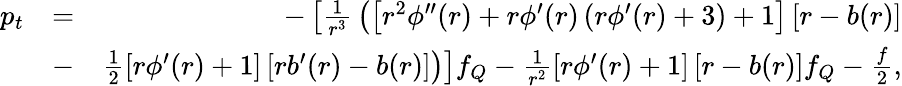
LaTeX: \begin{array}{rlr}{p_{t}}&{=}&{-\left[{\frac{1}{r^{3}}}\left(\left[r^{2}\phi^{\prime\prime}(r)+r\phi^{\prime}(r)\left(r\phi^{\prime}(r)+3\right)+1\right]\left[r-b(r)\right]\right.\right.}\\ &{-}&{\left.\left.\frac{1}{2}\left[r\phi^{\prime}(r)+1\right]\left[rb^{\prime}(r)-b(r)\right]\right)\right]f_{Q}-\frac{1}{r^{2}}\left[r\phi^{\prime}(r)+1\right]\left[r-b(r)\right]f_{Q}-\frac{f}{2},}\end{array}